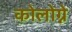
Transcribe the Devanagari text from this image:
कोलोग्ने